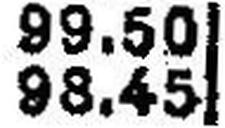
98.45